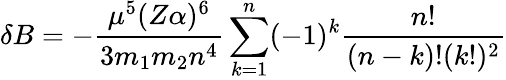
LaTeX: \delta B=-\frac{\mu^{5}(Z\alpha)^{6}}{3m_{1}m_{2}n^{4}}\sum_{k=1}^{n}(-1)^{k}\frac{n!}{(n-k)!(k!)^{2}}